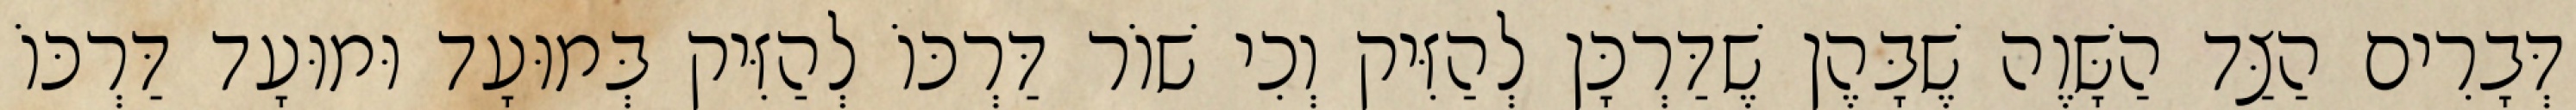
דְּבָרִים הַצַּד הַשָּׁוֶה שֶׁבָּהֶן שֶׁדַּרְכָּן לְהַזִּיק וְכִי שׁוֹר דַּרְכּוֹ לְהַזִּיק בְּמוּעָד וּמוּעָד דַּרְכּוֹ